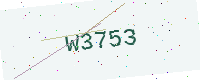
Text: W3753